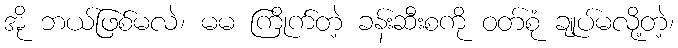
အို ဘယ်ဖြစ်မလဲ၊ မမ ကြိုက်တဲ့ ခန်းဆီးစကို ဝတ်စုံ ချုပ်မလို့တဲ့၊